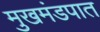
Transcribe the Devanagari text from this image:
मुखमंडपात